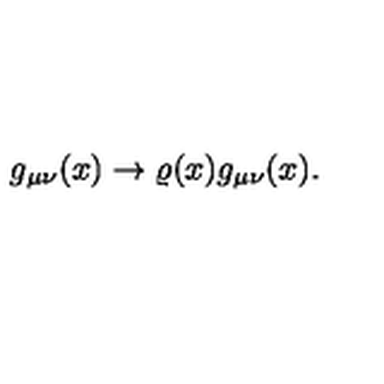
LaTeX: g _ { \mu \nu } ( x ) \rightarrow \varrho ( x ) g _ { \mu \nu } ( x ) .